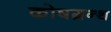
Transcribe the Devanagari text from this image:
कोषग्रन्थ